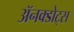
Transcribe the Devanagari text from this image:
ॲनक्डोट्स